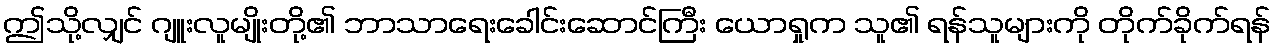
ဤသို့လျှင် ဂျူးလူမျိုးတို့၏ ဘာသာရေးခေါင်းဆောင်ကြီး ယောရှုက သူ၏ ရန်သူများကို တိုက်ခိုက်ရန်